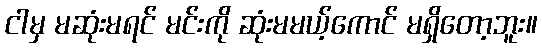
ငါမှ မဆုံးမရင် မင်းကို ဆုံးမမယ့်ကောင် မရှိတော့ဘူး။